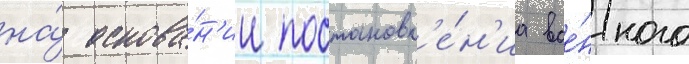
на́ основа́н'ии постановл'е́н'иа вое́нного